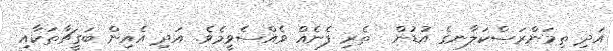
އަދި ތިމަންރަސްކަލާނގެ އުޑުން  ތެރި ފެނެއް ވެއްސެވީމެވެ. އަދި އެއިން ބަގީޗާތަކާއި